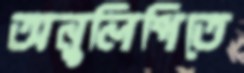
অনুলিপিতে